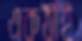
একঠাঁই